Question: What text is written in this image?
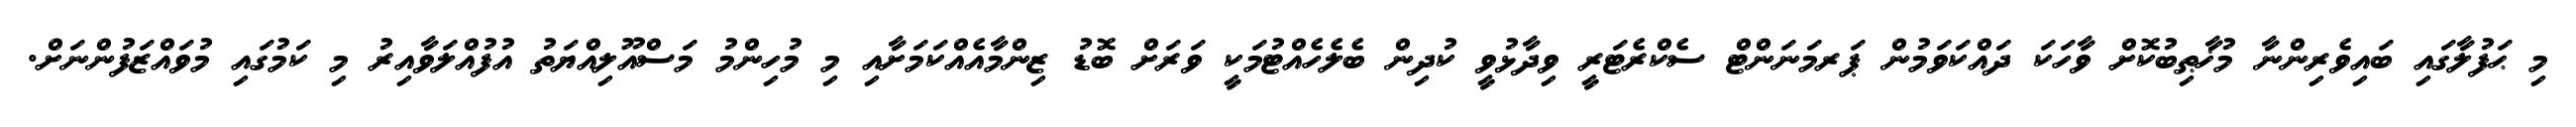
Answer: މި ޙަފުލާގައި ބައިވެރިންނާ މުޚާޠިބުކޮށް ވާހަކަ ދައްކަވަމުން ޕަރމަނަންޓް ސެކްރެޓަރީ ވިދާޅުވީ ކުދިން ބެލެހެއްޓުމަކީ ވަރަށް ބޮޑު ޒިންމާއެއްކަމަށާއި މި މުހިންމު މަސްއޫލިއްޔަތު އުފުއްލަވާއިރު މި ކަމުގައި މުވައްޒަފުންނަށް.